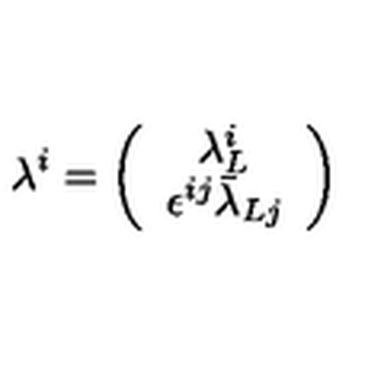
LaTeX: \lambda ^ { i } = \left( \begin{array} { c } { \lambda _ { L } ^ { i } } \\ { \epsilon ^ { i j } \bar { \lambda } _ { L j } } \\ \end{array} \right)